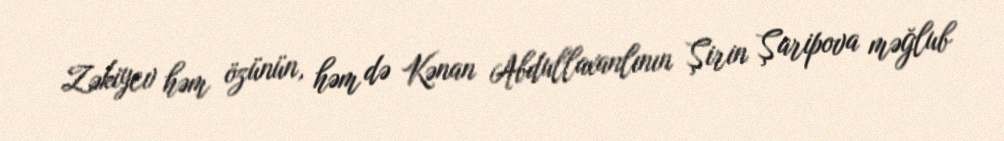
Zəkiyev həm özünün, həm də Kənan Abdullaxanlının Şirin Şaripova məğlub